Civil Veterinary Department Bihar reports 1936-40 - 1936-1940
Year: 1936
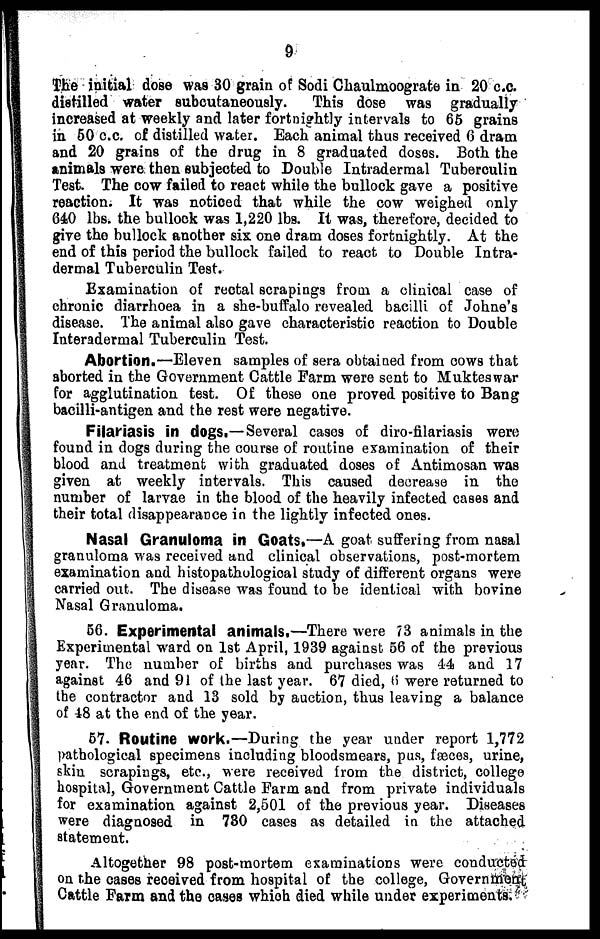
9
The initial dose was 30 grain of Sodi Chaulmoograte in 20 c.c.
distilled water subcutaneously.
This dose was gradually
increased at weekly and later fortnightly intervals to 65 grains
in 50 c.c. of distilled water. Each animal thus received 0 dram
and 20 grains of the drug in 8 graduated doses. Both the
animals were then subjected to Double Intradermal Tuberculin
Test. The cow failed to react while the bullock gave a positive
reaction. It was noticed that while the cow weighed only
640 lbs. the bullock was 1,220 lbs. It was, therefore, decided to
give the bullock another six one dram doses fortnightly. At the
end of this period the bullock failed to react to Double Intra-
dermal Tuberculin Test.
Examination of rectal scrapings from a clinical case of
chronic diarrhoea in a she-buffalo revealed bacilli of Johne's
disease. The animal also gave characteristic reaction to Double
Interadermal Tuberculin Test.
Abortion.—Eleven samples of sera obtained from cows that
aborted in the Government Cattle Farm were sent to Mukteswar
for agglutination te9t. Of these one proved positive to Bang
bacilli-antigen and the rest were negative.
Filariasis in dogs.—Several cases of diro-filariasis were
found in dogs during the course of routine examination of their
blood and treatment with graduated doses of Antimosan was
given at weekly intervals. This caused decrease in the
number of larvae in the blood of the heavily infected cases and
their total disappearance in the lightly infected ones.
Nasal Granuloma in Goats.—A goat suffering from nasal
granuloma was received and clinical observations, post-mortem
examination and histopathulogioal study of different organs were
carried out. The disease was found to be identical with bovine
Nasal Granuloma.
56. Experimental animals.—There were 73 animals in the
Experimental ward on 1st April, 1939 against 56 of the previous
year. The number of births and purchases was 44 and 17
against 46 and 91 of the last year. 67 died, 6 were returned to
the contractor and 13 sold by auction, thus leaving a balance
of 48 at the end of the year.
57. Routine work.—During the year under report 1,772
pathological specimens including bloodsmears, pus, fæces, urine,
skin scrapings, etc., were received from the district, college
hospital, Government Cattle Farm and from private individuals
for examination against 2,501 of the previous year. Diseases
were diagnosed in 730 cases as detailed in the attached
statement.
Altogether 98 post-mortem examinations were conducted
on the cases received from hospital of the college, Government
Cattle Farm and the cases which died while under experiments.